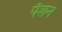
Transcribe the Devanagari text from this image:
पेँशन